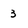
Character: 3